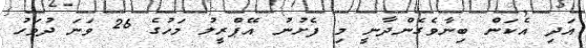
އަދި އެކަން ބިނާވެގެންދާނީ މި ފެށުނު އޭޕްރީލު މަހުގެ 26 ވަނަ ދުވަހު